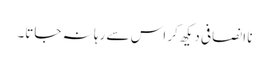
نا انصافی دیکھ کر اس سے رہا نہ جاتا۔